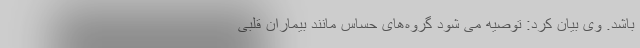
باشد. وی بیان کرد: توصیه می شود گروه‌های حساس مانند بیماران قلبی